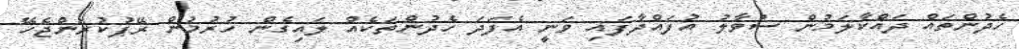
ހެދުންތައް ދައްކާލަމުން ސުވާލު އުފައްދާފައި ވަނީ އެފަދަ ހެދުންތަކެއް ލައިގެން ހުރުމުން ރޭޕުކުރަންޖެހޭ